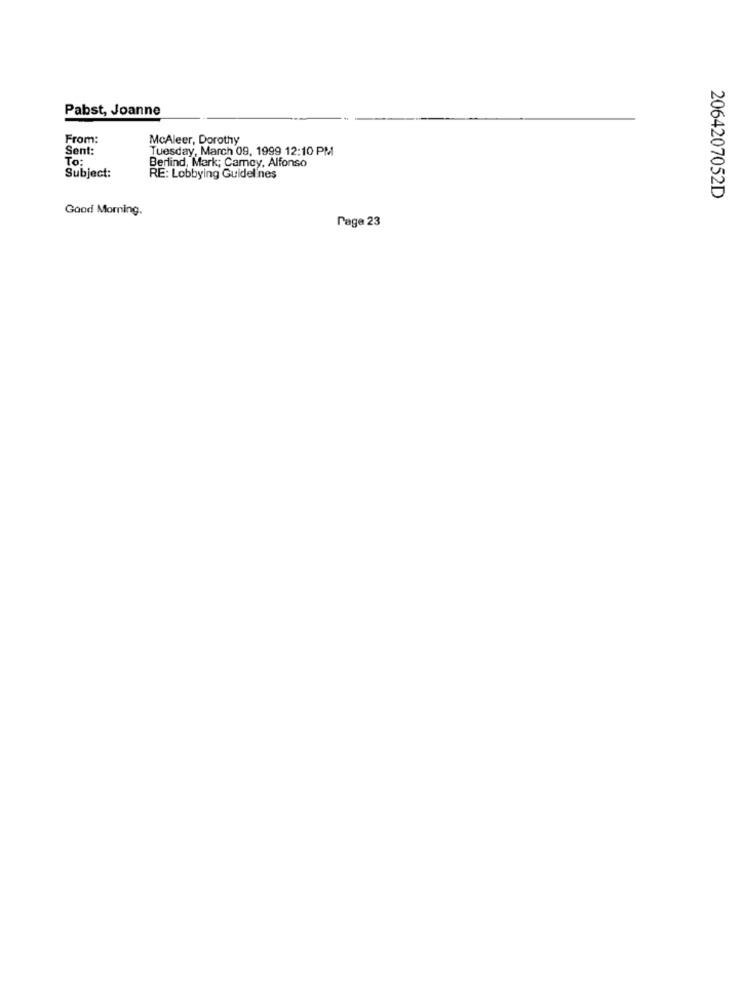
Pabst, Joanne
From:
McAleer, Dorothy
Sent:
Tuesday, March 09, 1999 12:10 PM
To:
Berlind, Mark; Camcy, Alfonso
Subject:
RE: Lobbying Guidelines
2064207052D
Good Morning.
Page 23